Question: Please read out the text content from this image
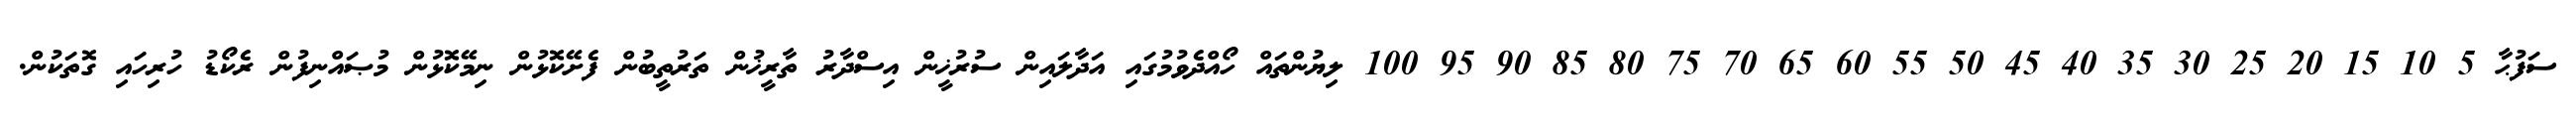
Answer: ސަފުޙާ 5 10 15 20 25 30 35 40 45 50 55 60 65 70 75 80 85 90 95 100 ލިޔުންތައް ހޯއްދެވުމުގައި އަދާލައިން ސުރުޚީން އިސްދާރު ތާރީޚުން ތަރުތީބުން ފެށޭކޮޅުން ނިމޭކޮޅުން މުޞައްނިފުން ރެކޯޑު ހުރިހައި ގޮތަކުން.